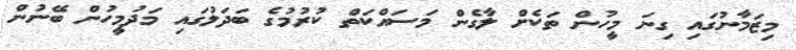
މިޒަމާނުގައި ގިނަ މީހުން ތަކެށް ލާގެން މަސައްކަތް ކުރުމުގެ ބަދަލުގައި މަދުމީހުން ބޭނުން